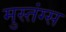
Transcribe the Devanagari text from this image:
मुस्तंग्स